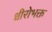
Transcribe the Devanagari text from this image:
धीरोभक्त